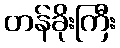
တန်ခိုးကြီး